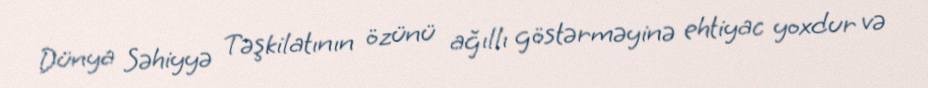
Dünya Səhiyyə Təşkilatının özünü ağıllı göstərməyinə ehtiyac yoxdur və